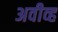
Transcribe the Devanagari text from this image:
अवीव्ह